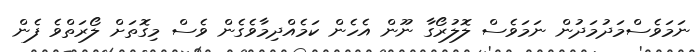
ނަމަވެސްމަދުމަދުން ނަމަވެސް ލޮލުރޯގާ ނޫން އެހެން ކަމެއްދިމާވެގެން ވެސް މިގޮތަށް ލޯރަތްވެ ފެން